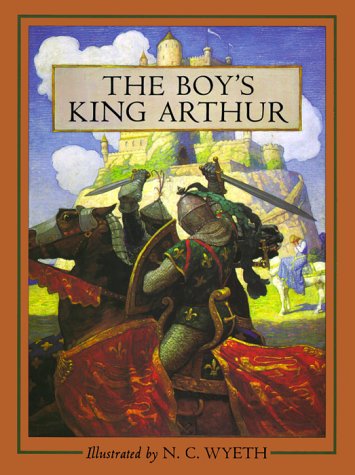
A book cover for The Boy's King Arthur: Sir Thomas Malory's History of King Arthur and His Knights of the Round Table; Thomas Malory; Children's Books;